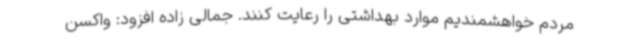
مردم خواهشمندیم موارد بهداشتی را رعایت کنند. جمالی زاده افزود: واکسن